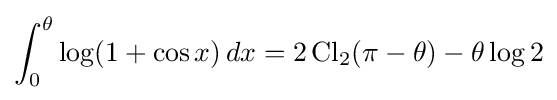
\int _{0}^{\theta }\log(1+\cos x)\,dx=2\operatorname {Cl} _{2}(\pi -\theta )-\theta \log 2